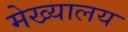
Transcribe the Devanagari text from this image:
मेख्यालय